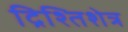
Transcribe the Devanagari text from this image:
द्रिश्तिशेत्र